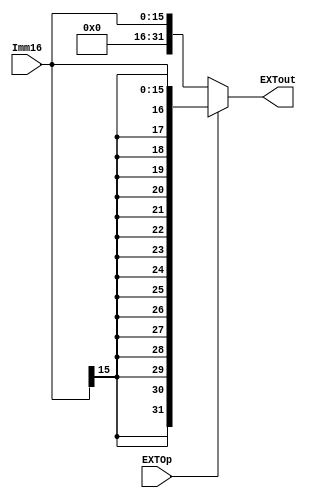
module D_EXT (
    input wire [15:0] Imm16,
    input wire EXTOp,
    output wire [31:0] EXTout
);
    function [31:0] sign_ext16;
        input [15:0] inputImm;
        begin
            sign_ext16 = {{16{inputImm[15]}}, inputImm};
        end
    endfunction

    function [31:0] unsign_ext16;
        input [15:0] inputImm;
        begin
            unsign_ext16 = {{16{1'b0}}, inputImm};
        end
    endfunction

    assign EXTout = EXTOp ? sign_ext16(Imm16) : unsign_ext16(Imm16);
endmodule